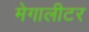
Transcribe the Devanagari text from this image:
मेगालीटर